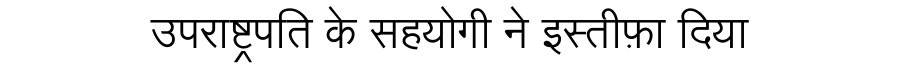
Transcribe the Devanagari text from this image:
उपराष्ट्रपति के सहयोगी ने इस्तीफ़ा दिया